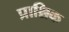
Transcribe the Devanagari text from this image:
प्राश्निक